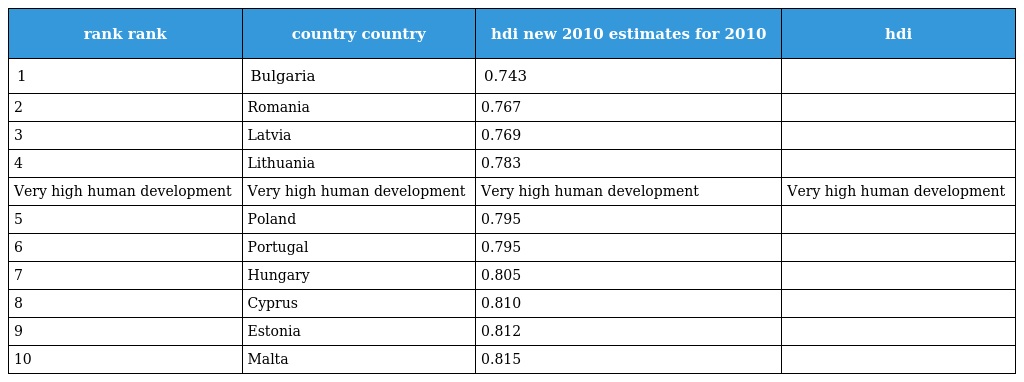
| rank rank | country country | hdi new 2010 estimates for 2010 | hdi |
 | --- | --- | --- | --- |
 | 1 | Bulgaria | 0.743 |  |
 | 2 | Romania | 0.767 |  |
 | 3 | Latvia | 0.769 |  |
 | 4 | Lithuania | 0.783 |  |
 | Very high human development | Very high human development | Very high human development | Very high human development |
 | 5 | Poland | 0.795 |  |
 | 6 | Portugal | 0.795 |  |
 | 7 | Hungary | 0.805 |  |
 | 8 | Cyprus | 0.810 |  |
 | 9 | Estonia | 0.812 |  |
 | 10 | Malta | 0.815 |  |